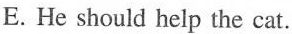
E. He should help the cat.